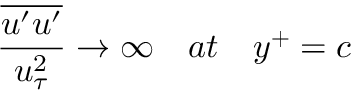
\frac { \overline { { u ^ { \prime } u ^ { \prime } } } } { u _ { \tau } ^ { 2 } } \rightarrow \infty \quad a t \quad y ^ { + } = c